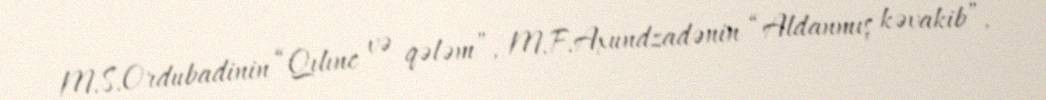
M.S.Ordubadinin “Qılınc və qələm”, M.F.Axundzadənin “Aldanmış kəvakib”,